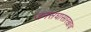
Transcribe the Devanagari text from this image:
जनसंघासारखाच